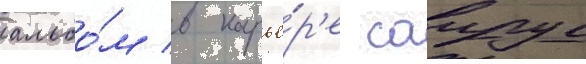
альбо́м в карье́р'е саирус